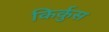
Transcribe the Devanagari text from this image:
किर्कुस